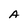
Character: A